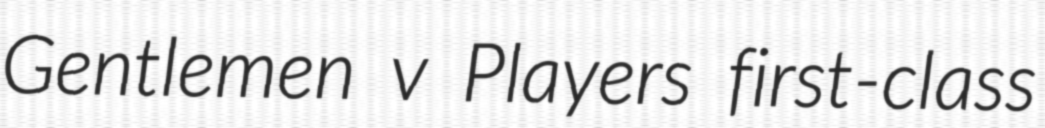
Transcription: Gentlemen v Players first-class